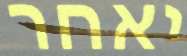
יאחר